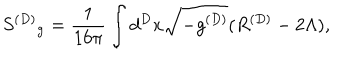
LaTeX: { S ^ { ( D ) } } _ { \mathrm { g } } = \frac { 1 } { 1 6 \pi } \int d ^ { D } x \sqrt { - g ^ { ( D ) } } ( R ^ { ( D ) } - 2 \Lambda ) ,